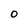
Character: 0